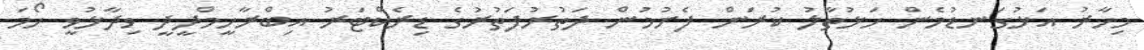
މިހާރު އަޅުގަނޑުމެން ހަޅުތާލު ކުރަން ފެށުމުން ދަތުރުފަތުރުގެ ޑިރެކްޓަރު އިބްރާހީމްދީދީ ވިދާޅުވީ ހޯމަ